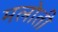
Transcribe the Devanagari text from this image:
मलोती